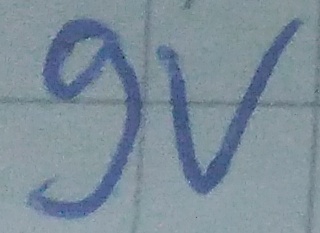
Text: 9v